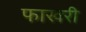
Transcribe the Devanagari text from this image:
फाखरी